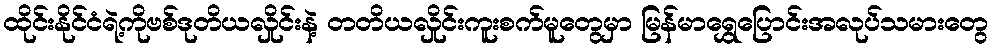
ထိုင်းနိုင်ငံရဲ့ကိုဗစ်ဒုတိယလှိုင်းနဲ့ တတိယလှိုင်းကူးစက်မူတွေမှာ မြန်မာရွှေပြောင်းအလုပ်သမားတွေ